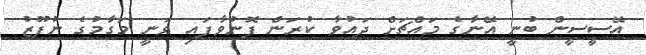
އޭސީސީން ބުނީ އޭނާގެ މައްޗަށް ދައުވާ ކުރަން ފޮނުވާފައި ވަނީ މަގާމުގެ ނުފޫޒު